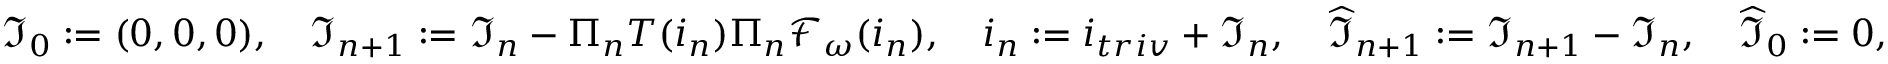
\begin{array} { r l } & { \mathfrak { I } _ { 0 } : = ( 0 , 0 , 0 ) , \quad \mathfrak { I } _ { n + 1 } : = \mathfrak { I } _ { n } - \Pi _ { n } T ( i _ { n } ) \Pi _ { n } \mathcal { F } _ { \omega } ( i _ { n } ) , \quad i _ { n } : = i _ { t r i v } + \mathfrak { I } _ { n } , \quad \widehat { \mathfrak { I } } _ { n + 1 } : = \mathfrak { I } _ { n + 1 } - \mathfrak { I } _ { n } , \quad \widehat { \mathfrak { I } } _ { 0 } : = 0 , } \end{array}